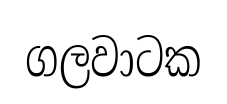
ගලවාටක